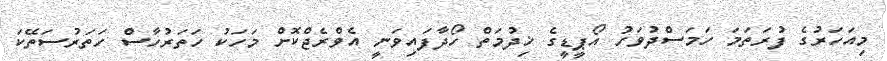
މިއަހަރުގެ ފުރަތަމަ ހަމަސްދުވަހު އޯޕީޑީގެ ޚިދުމަތް ހޯދާފައިވަނީ އެވްރެޖްކޮށް މަހަކު ހަތަރުހާސް ހަތަރުސަތޭކަ